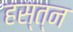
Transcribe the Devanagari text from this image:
हस्त्न